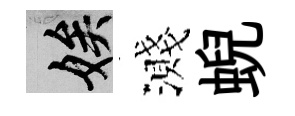
娭濺蜺